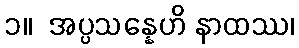
၁။  အပ္ပသန္နေဟိ နာထဿ၊